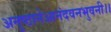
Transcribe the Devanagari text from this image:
अनुष्ठानेआनंदवनभुवनी।।